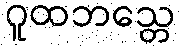
ဂူထဘသ္တေ